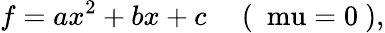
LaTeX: f=ax^{2}+bx+c\mathrm{\ \ \ \ \ (~\ mu=0~),}